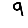
Digit: 9